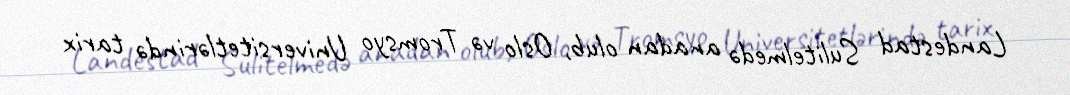
Landestad Sulitelmedə anadan olub, Oslo və Tromsyo Universitetlərində tarix